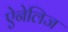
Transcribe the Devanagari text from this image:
ऐनेलिज